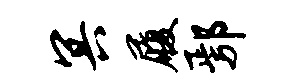
冥履鄢